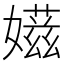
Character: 𡢫